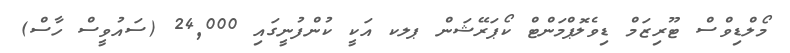
މޯލްޑިވްސް ޓޫރިޒަމް ޑިވެލޮޕްމަންޓް ކޯޕަރޭޝަން ޕލކ އަކީ ކުންފުނީގައި 24